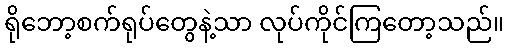
ရိုဘော့စက်ရုပ်တွေနဲ့သာ လုပ်ကိုင်ကြတော့သည်။